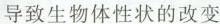
导致生物体性状的改变